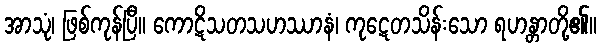
အာသုံ၊ ဖြစ်ကုန်ပြီ။ ကောဋိသတသဟဿာနံ၊ ကုဋေတသိန်းသော ရဟန္တာတို့၏။